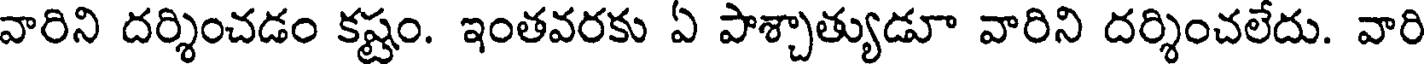
వారిని దర్శించడం కష్టం. ఇంతవరకు ఏ పాశ్చాత్యుడూ వారిని దర్శించలేదు. వారి